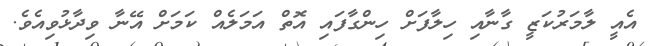
އެއީ ލާމަރުކަޒީ ގާނާއި ހިލާފަށް ހިންގާފައި އޮތް އަމަލެއް ކަމަށް އޭނާ ވިދާޅުވިއެވެ.